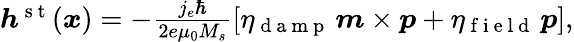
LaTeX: \begin{array}{r}{\boldsymbol{h}^{\mathrm{~s~t~}}(\boldsymbol{x})=-\frac{j_{e}\hbar}{2e\mu_{0}M_{s}}\left[\eta_{\mathrm{~d~a~m~p~}}\, \boldsymbol{m}\times\boldsymbol{p}+\eta_{\mathrm{~f~i~e~l~d~}}\, \boldsymbol{p}\right],}\end{array}